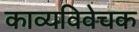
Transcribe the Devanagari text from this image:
काव्यविवेचक